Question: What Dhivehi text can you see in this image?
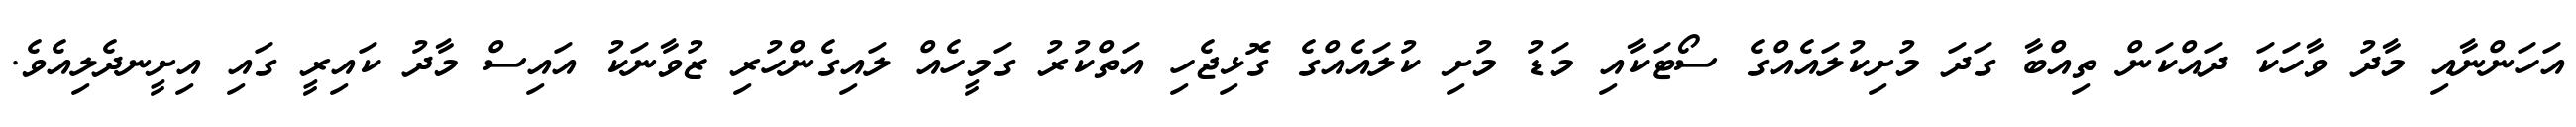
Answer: އަހަންނާއި މާދު ވާހަކަ ދައްކަން ތިއްބާ ގަދަ މުށިކުލައެއްގެ ސޯޓަކާއި މަޑު މުށި ކުލައެއްގެ ގޮޅިޖެހި އަތްކުރު ގަމީހެއް ލައިގެންހުރި ޒުވާނަކު އައިސް މާދު ކައިރީ ގައި އިށީނދެލިއެވެ.